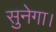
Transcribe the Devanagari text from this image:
सुनेगा।